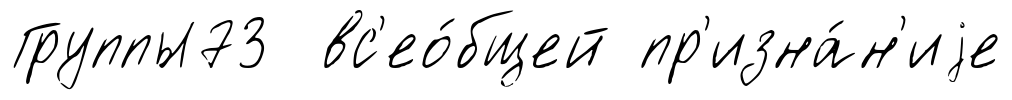
Группы73 вс'ео́бщей пр'изна́н'иjе